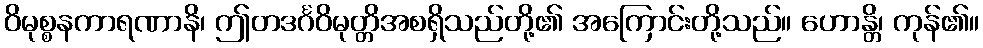
ဝိမုစ္စနကာရဏာနိ၊ ဤတဒင်္ဂဝိမုတ္တိအစရှိသည်တို့၏ အကြောင်းတို့သည်။ ဟောန္တိ၊ ကုန်၏။